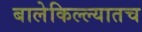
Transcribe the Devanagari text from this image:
बालेकिल्ल्यातच